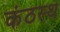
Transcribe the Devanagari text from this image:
कंठस्‍थ